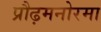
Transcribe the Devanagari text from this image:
प्रौढ़मनोरमा